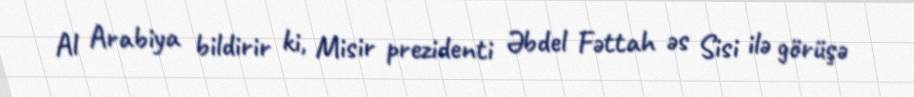
Al Arabiya bildirir ki, Misir prezidenti Əbdel Fəttah əs Sisi ilə görüşə